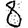
Digit: 8